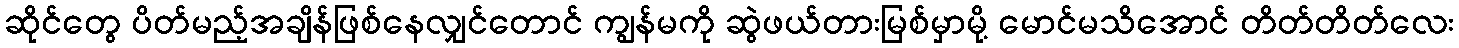
ဆိုင်တွေ ပိတ်မည့်အချိန်ဖြစ်နေလျှင်တောင် ကျွန်မကို ဆွဲဖယ်တားမြစ်မှာမို့ မောင်မသိအောင် တိတ်တိတ်လေး